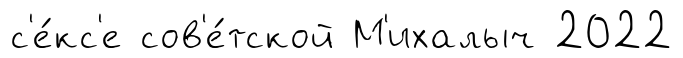
с'е́кс'е сов'е́тской М'ихалыч 2022